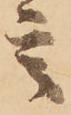
言